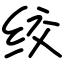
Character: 绞